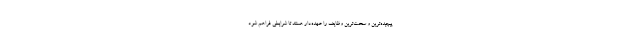
پیچیده‌ترین و سخت‌ترین وظایف را عهده‌دار هستند تا شرایطی فراهم شود